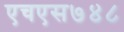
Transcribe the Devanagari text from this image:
एचएस७४८